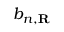
b _ { n , \mathbf { R } }